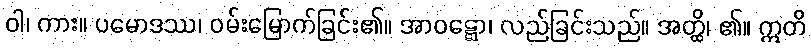
ဝါ၊ ကား။ ပမောဒဿ၊ ဝမ်းမြောက်ခြင်း၏။ အာဝဋ္ဋော၊ လည်ခြင်းသည်။ အတ္ထိ၊ ၏။ ဣတိ